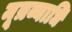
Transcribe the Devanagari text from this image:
मूत्रव्याधि